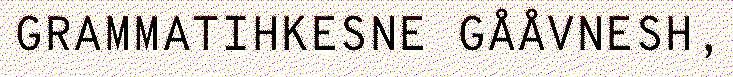
GRAMMATIHKESNE GÅÅVNESH,